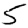
Digit: 5